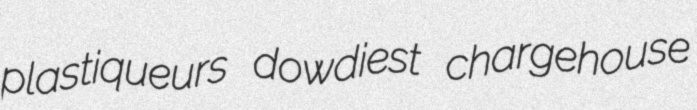
plastiqueurs dowdiest chargehouse